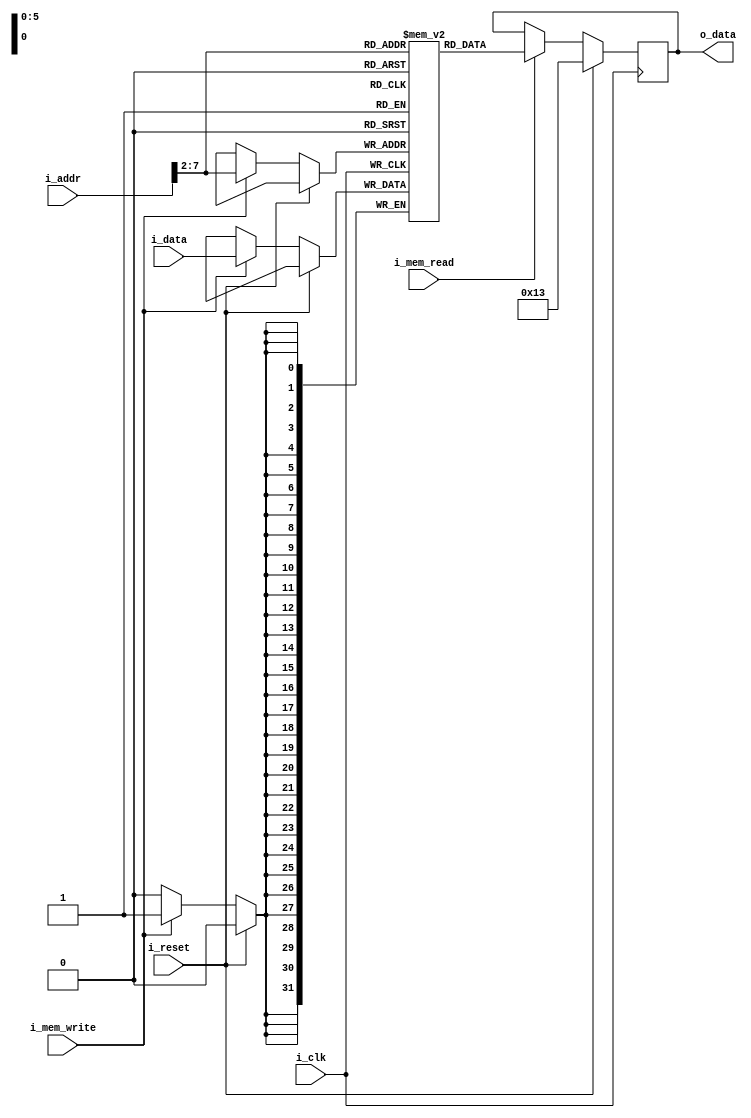
`default_nettype none
`define NOP {12'b0, 5'b0, 3'b0, 5'b0, 7'b0010011}

module memory (
    i_clk,
    i_reset,
    i_addr, // addr must be byte aligned ie: 0 returns the first 32 bits and 4 returns the next 32 bits
    i_data,
    i_mem_read,
    i_mem_write,
    o_data
    );

    parameter W=32, D=8;

    input wire i_clk, i_reset;
    input wire [D-1:0] i_addr;
    input wire [W-1:0] i_data;
    input wire i_mem_read, i_mem_write;
    output reg [W-1:0] o_data = {W{1'b0}};

    reg [W-1:0] mem_array [0:(2**(8-2)-1)];
    wire [(D-1-2):0] byte_aligned_address = i_addr[D-1:2]; //drop 2 LSBs to get the byte address

    always @(posedge i_clk) begin
        if (i_reset) begin
            o_data <= `NOP;
        end else begin
            if (i_mem_write) begin //write
                mem_array[byte_aligned_address] <= i_data;
            end
            if (i_mem_read) begin
                o_data <= mem_array[byte_aligned_address];
            end
        end
    end
endmodule